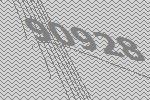
90928